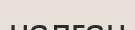
налған